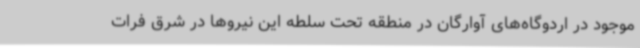
موجود در اردوگاه‌های آوارگان در منطقه تحت سلطه این نیروها در شرق فرات